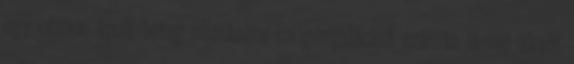
egy otthon ápolt beteg ellátáshoz oxigénpalackot szállító jármű akadt